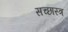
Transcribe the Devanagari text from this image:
सच्छास्त्र